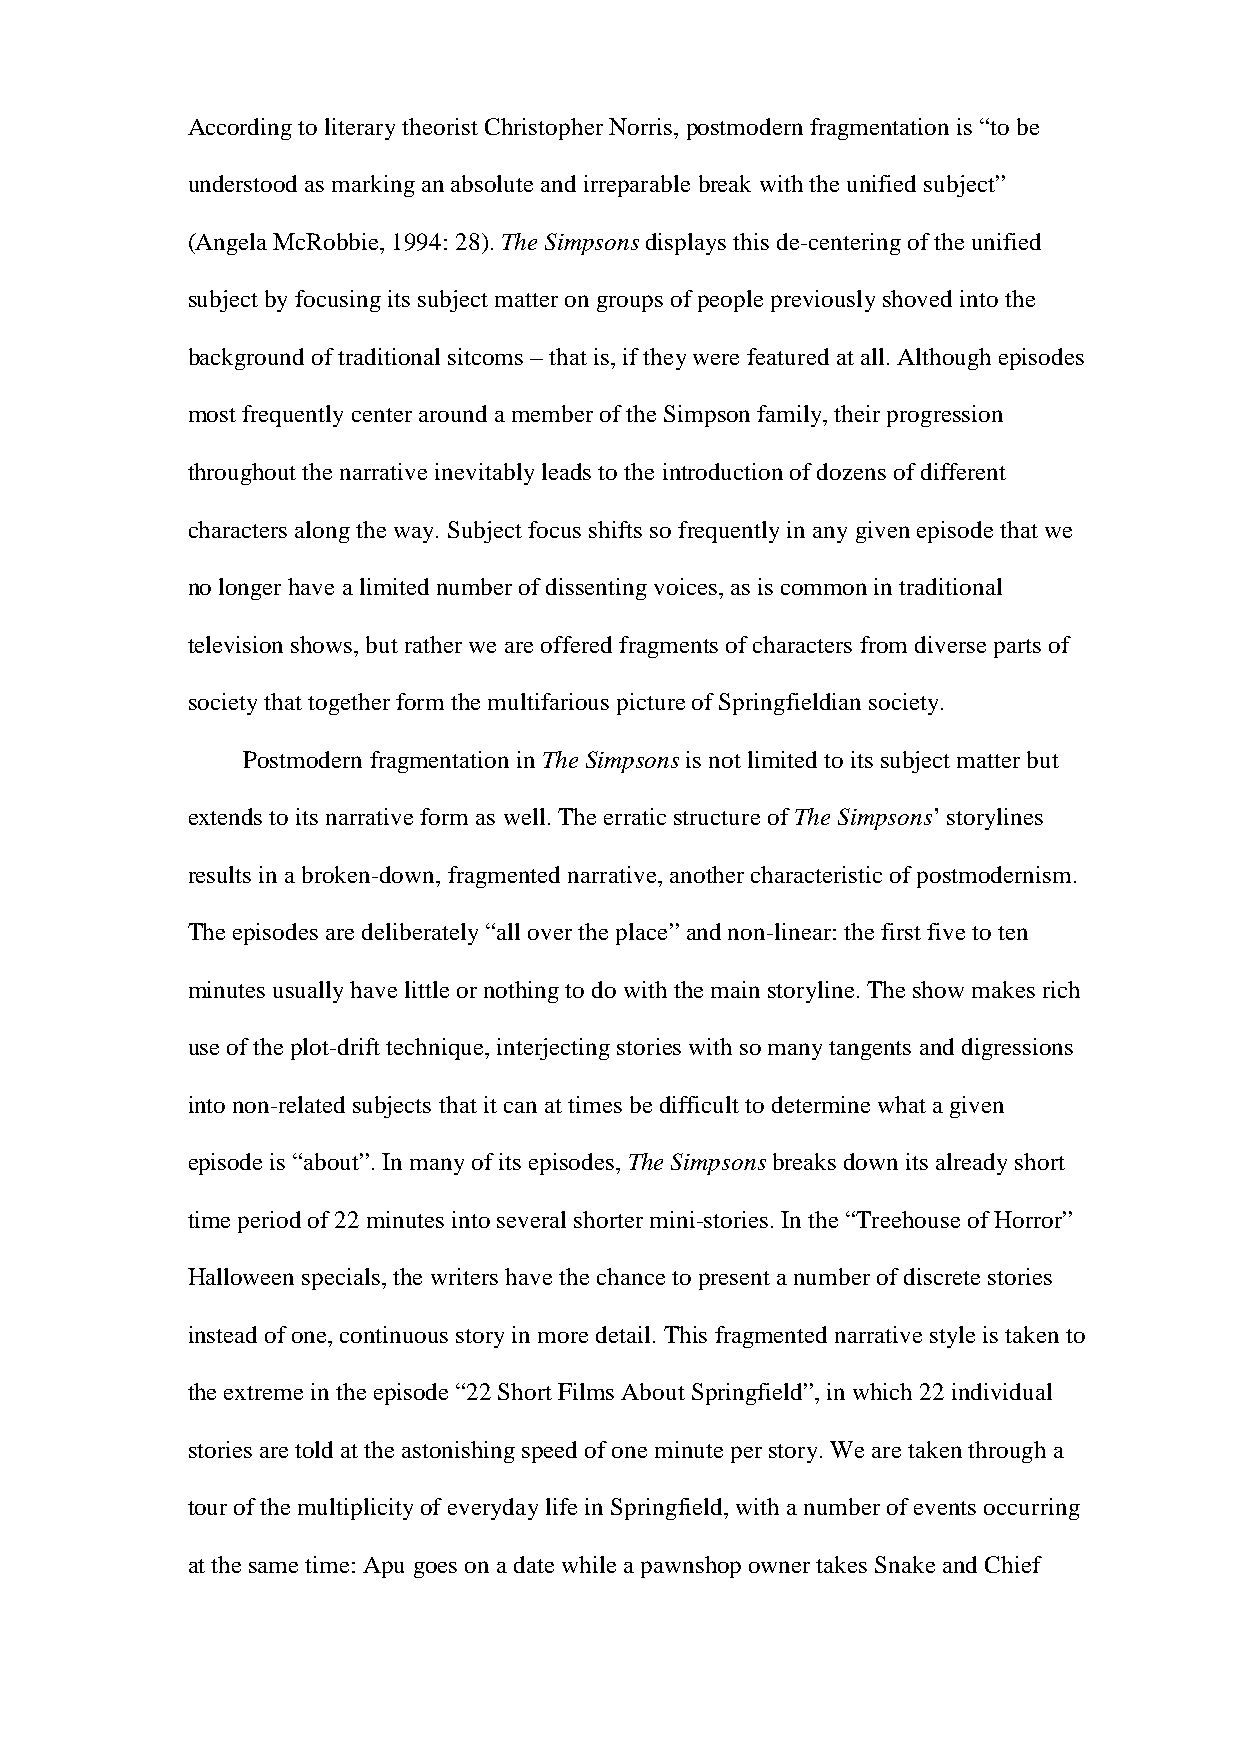
According to literary theorist Christopher Norris, postmodern fragmentation is “to be
 understood as marking an absolute and irreparable break with the unified subject”
 (Angela McRobbie, 1994: 28). The Simpsons displays this de-centering of the unified
 subject by focusing its subject matter on groups of people previously shoved into the
 background of traditional sitcoms – that is, if they were featured at all. Although episodes
 most frequently center around a member of the Simpson family, their progression
 throughout the narrative inevitably leads to the introduction of dozens of different
 characters along the way. Subject focus shifts so frequently in any given episode that we
 no longer have a limited number of dissenting voices, as is common in traditional
 television shows, but rather we are offered fragments of characters from diverse parts of
 society that together form the multifarious picture of Springfieldian society.
 Postmodern fragmentation in The Simpsons is not limited to its subject matter but
 extends to its narrative form as well. The erratic structure of The Simpsons’ storylines
 results in a broken-down, fragmented narrative, another characteristic of postmodernism.
 The episodes are deliberately “all over the place” and non-linear: the first five to ten
 minutes usually have little or nothing to do with the main storyline. The show makes rich
 use of the plot-drift technique, interjecting stories with so many tangents and digressions
 into non-related subjects that it can at times be difficult to determine what a given
 episode is “about”. In many of its episodes, The Simpsons breaks down its already short
 time period of 22 minutes into several shorter mini-stories. In the “Treehouse of Horror”
 Halloween specials, the writers have the chance to present a number of discrete stories
 instead of one, continuous story in more detail. This fragmented narrative style is taken to
 the extreme in the episode “22 Short Films About Springfield”, in which 22 individual
 stories are told at the astonishing speed of one minute per story. We are taken through a
 tour of the multiplicity of everyday life in Springfield, with a number of events occurring
 at the same time: Apu goes on a date while a pawnshop owner takes Snake and Chief